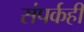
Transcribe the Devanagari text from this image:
संपर्कही